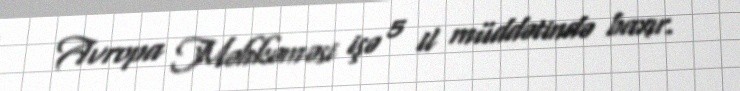
Avropa Məhkəməsi işə 5 il müddətində baxır.